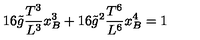
1 6 \tilde { g } \frac { T ^ { 3 } } { L ^ { 3 } } x _ { B } ^ { 3 } + 1 6 \tilde { g } ^ { 2 } \frac { T ^ { 6 } } { L ^ { 6 } } x _ { B } ^ { 4 } = 1